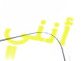
أنني